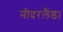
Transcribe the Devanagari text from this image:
नीदरलैंड।